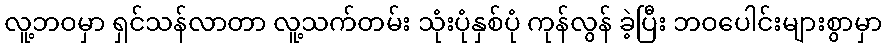
လူ့ဘဝမှာ ရှင်သန်လာတာ လူ့သက်တမ်း သုံးပုံနှစ်ပုံ ကုန်လွန် ခဲ့ပြီး ဘဝပေါင်းများစွာမှာ